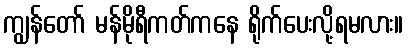
ကျွန်တော် မန်မိုရီကတ်ကနေ ရိုက်ပေးလို့ရမလား။